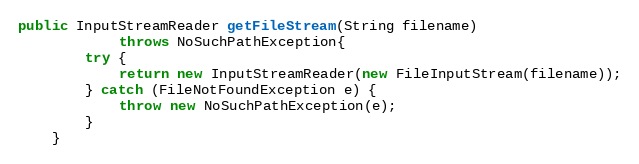
Language: Java
public InputStreamReader getFileStream(String filename)
			throws NoSuchPathException{
		try {
			return new InputStreamReader(new FileInputStream(filename));
		} catch (FileNotFoundException e) {
			throw new NoSuchPathException(e);
		}
	}